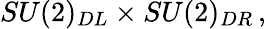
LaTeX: SU(2)_{DL}\times SU(2)_{DR}\, ,